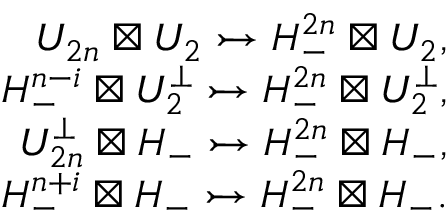
\begin{array} { r } { U _ { 2 n } \boxtimes U _ { 2 } \rightarrowtail H _ { - } ^ { 2 n } \boxtimes U _ { 2 } , } \\ { H _ { - } ^ { n - i } \boxtimes U _ { 2 } ^ { \perp } \rightarrowtail H _ { - } ^ { 2 n } \boxtimes U _ { 2 } ^ { \perp } , } \\ { U _ { 2 n } ^ { \perp } \boxtimes H _ { - } \rightarrowtail H _ { - } ^ { 2 n } \boxtimes H _ { - } , } \\ { H _ { - } ^ { n + i } \boxtimes H _ { - } \rightarrowtail H _ { - } ^ { 2 n } \boxtimes H _ { - } . } \end{array}